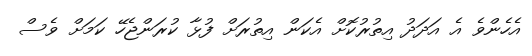
އެހެންވެ އެ އަދަދު އިތުރުކޮށް އެކަން އިތުރަށް ފުޅާ ކުރަންޖެހޭ ކަމަށް ވެސް